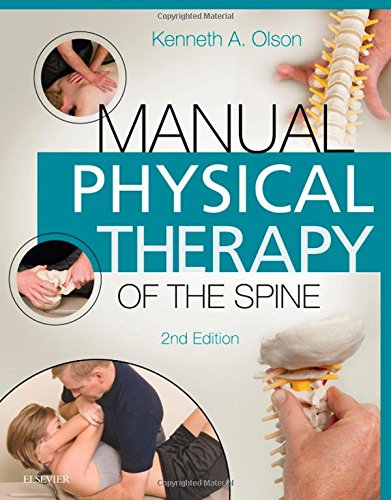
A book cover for Manual Physical Therapy of the Spine, 2e; Kenneth A. Olson PT  DHSc  OCS  FAAOMPT; Medical Books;